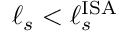
\ell _ { s } < \ell _ { s } ^ { \mathrm { I S A } }